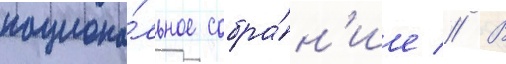
национа́льное собра́н'ие // В